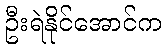
ဦးရဲနိုင်အောင်က